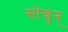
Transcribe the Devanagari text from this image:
सोन्नुन्